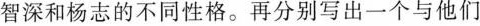
智深和杨志的不同性格。再分别写出一个与他们